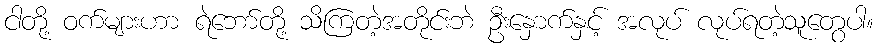
ငါတို့ ဝက်များဟာ ရဲဘော်တို့ သိကြတဲ့အတိုင်းဘဲ ဦးနှောက်နှင့် အလုပ် လုပ်ရတဲ့သူတွေပါ။